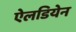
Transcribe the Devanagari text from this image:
ऐलडियेन